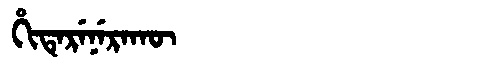
Manchu: ᡥᡳᡨᡝᡵᡝᠨᡝᡵᠠᡴᡡ
Romanization: HITERENERAKŪ